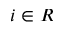
i \in R